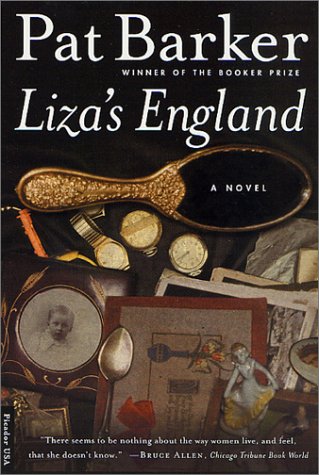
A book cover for Liza's England; Pat Barker; Literature & Fiction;